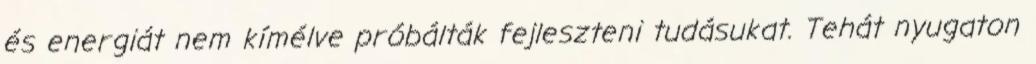
és energiát nem kímélve próbálták fejleszteni tudásukat. Tehát nyugaton